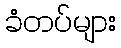
ခံတပ်များ